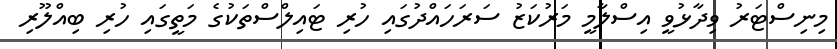
މިނިސްޓަރު ވިދާޅުވީ އިސްލާމީ މަރުކަޒު ސަރަހައްދުގައި ހުރި ޓައިލްސްތަކުގެ މަތީގައި ހުރި ބިއްލޫރި